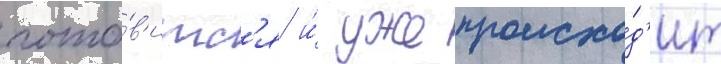
гото́в'итс'я и́ уже происхо́д'ит